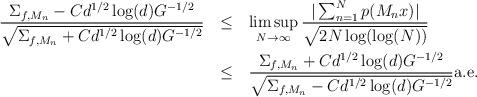
LaTeX: \begin{align*} \begin{aligned} \frac{\Sigma_{f,M_n}-Cd^{1/2}\log(d)G^{-1/2}}{\sqrt{\Sigma_{f,M_n}+Cd^{1/2}\log(d)G^{-1/2}}} \:\:\: & \leq \:\:\: \limsup_{N\to\infty}\frac{|\sum_{n=1}^Np(M_nx)|}{\sqrt{2N\log(\log(N))}}\\ & \leq \:\:\: \frac{\Sigma_{f,M_n}+Cd^{1/2}\log(d)G^{-1/2}}{\sqrt{\Sigma_{f,M_n}-Cd^{1/2}\log(d)G^{-1/2}}} \textnormal{a.e.} \end{aligned}\end{align*}